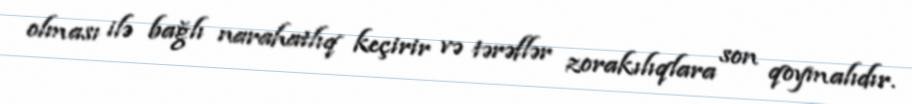
olması ilə bağlı narahatlıq keçirir və tərəflər zorakılıqlara son qoymalıdır.